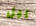
ييل